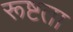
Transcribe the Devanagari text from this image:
रूष्टता